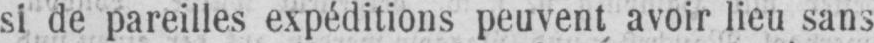
si de pareilles expéditions peuvent avoir lieu sans